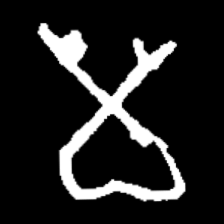
Pyu character \u2014 Myanmar letter: မ (romanized: ma)